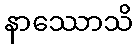
နာဿောသိ